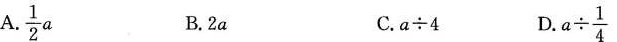
A. $$\frac{1}{2}a$$ B.2a C.a÷4 D. $$a \div \frac{1}{4}$$